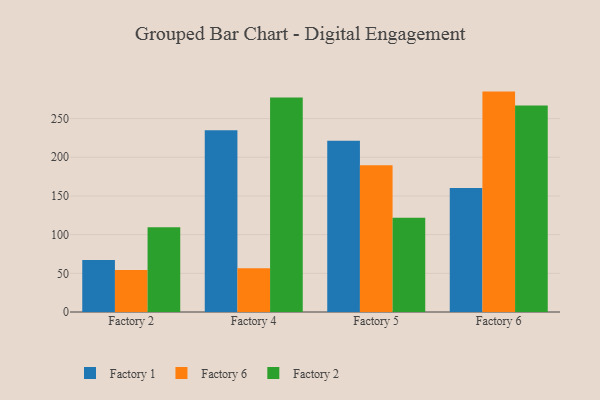
{"axis": {"x": "Factory", "y": "Energy Usage (MWh)"}, "legend": ["Factory 1", "Factory 2", "Factory 6"], "data": [{"x": "Factory 2", "y": 67.2, "type": "Factory 1"}, {"x": "Factory 2", "y": 54.4, "type": "Factory 6"}, {"x": "Factory 2", "y": 109.4, "type": "Factory 2"}, {"x": "Factory 4", "y": 235.0, "type": "Factory 1"}, {"x": "Factory 4", "y": 56.7, "type": "Factory 6"}, {"x": "Factory 4", "y": 277.4, "type": "Factory 2"}, {"x": "Factory 5", "y": 221.5, "type": "Factory 1"}, {"x": "Factory 5", "y": 189.8, "type": "Factory 6"}, {"x": "Factory 5", "y": 121.7, "type": "Factory 2"}, {"x": "Factory 6", "y": 160.4, "type": "Factory 1"}, {"x": "Factory 6", "y": 284.9, "type": "Factory 6"}, {"x": "Factory 6", "y": 266.8, "type": "Factory 2"}]}